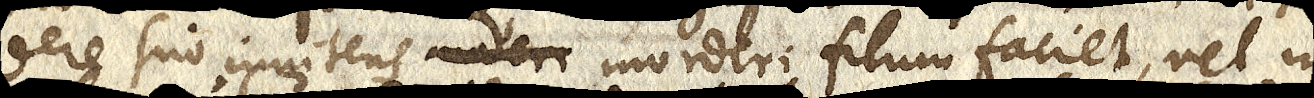
dere suo innitens moderi morderi filum faciet, vel in